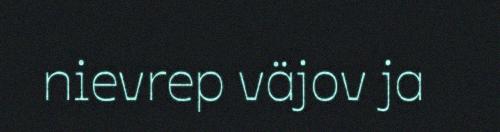
nievrep väjov ja